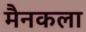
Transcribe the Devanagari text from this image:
मैनकला